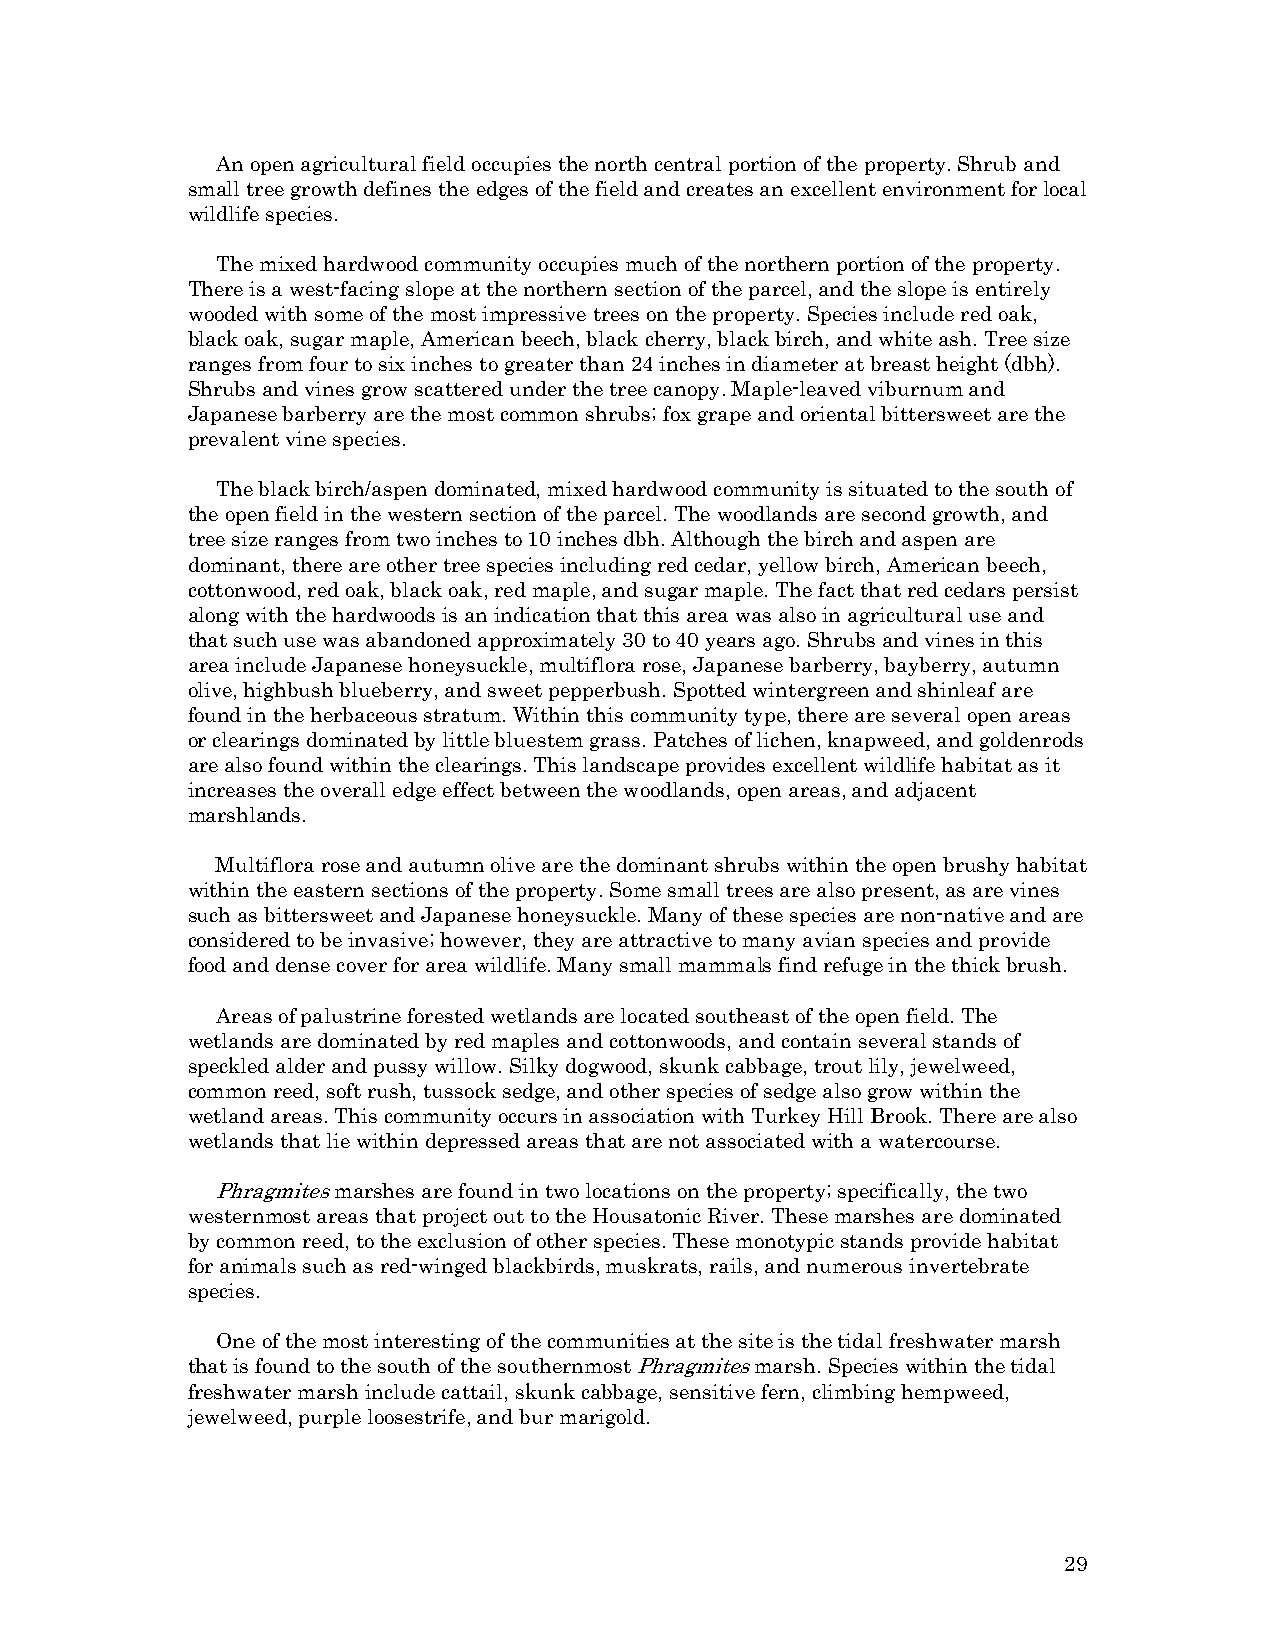
An open agricultural field occupies the north central portion of the property. Shrub and
 small tree growth defines the edges of the field and creates an excellent environment for local
 wildlife species.
 The mixed hardwood community occupies much of the northern portion of the property.
 There is a west-facing slope at the northern section of the parcel, and the slope is entirely
 wooded with some of the most impressive trees on the property. Species include red oak,
 black oak, sugar maple, American beech, black cherry, black birch, and white ash. Tree size
 ranges from four to six inches to greater than 24 inches in diameter at breast height (dbh).
 Shrubs and vines grow scattered under the tree canopy. Maple-leaved viburnum and
 Japanese barberry are the most common shrubs; fox grape and oriental bittersweet are the
 prevalent vine species.
 The black birch/aspen dominated, mixed hardwood community is situated to the south of
 the open field in the western section of the parcel. The woodlands are second growth, and
 tree size ranges from two inches to 10 inches dbh. Although the birch and aspen are
 dominant, there are other tree species including red cedar, yellow birch, American beech,
 cottonwood, red oak, black oak, red maple, and sugar maple. The fact that red cedars persist
 along with the hardwoods is an indication that this area was also in agricultural use and
 that such use was abandoned approximately 30 to 40 years ago. Shrubs and vines in this
 area include Japanese honeysuckle, multiflora rose, Japanese barberry, bayberry, autumn
 olive, highbush blueberry, and sweet pepperbush. Spotted wintergreen and shinleaf are
 found in the herbaceous stratum. Within this community type, there are several open areas
 or clearings dominated by little bluestem grass. Patches of lichen, knapweed, and goldenrods
 are also found within the clearings. This landscape provides excellent wildlife habitat as it
 increases the overall edge effect between the woodlands, open areas, and adjacent
 marshlands.
 Multiflora rose and autumn olive are the dominant shrubs within the open brushy habitat
 within the eastern sections of the property. Some small trees are also present, as are vines
 such as bittersweet and Japanese honeysuckle. Many of these species are non-native and are
 considered to be invasive; however, they are attractive to many avian species and provide
 food and dense cover for area wildlife. Many small mammals find refuge in the thick brush.
 Areas of palustrine forested wetlands are located southeast of the open field. The
 wetlands are dominated by red maples and cottonwoods, and contain several stands of
 speckled alder and pussy willow. Silky dogwood, skunk cabbage, trout lily, jewelweed,
 common reed, soft rush, tussock sedge, and other species of sedge also grow within the
 wetland areas. This community occurs in association with Turkey Hill Brook. There are also
 wetlands that lie within depressed areas that are not associated with a watercourse.
 Phragmites marshes are found in two locations on the property; specifically, the two
 westernmost areas that project out to the Housatonic River. These marshes are dominated
 by common reed, to the exclusion of other species. These monotypic stands provide habitat
 for animals such as red-winged blackbirds, muskrats, rails, and numerous invertebrate
 species.
 One of the most interesting of the communities at the site is the tidal freshwater marsh
 that is found to the south of the southernmost Phragmites marsh. Species within the tidal
 freshwater marsh include cattail, skunk cabbage, sensitive fern, climbing hempweed,
 jewelweed, purple loosestrife, and bur marigold.
 29